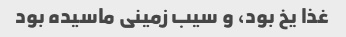
غذا یخ بود، و سیب زمینی ماسیده بود